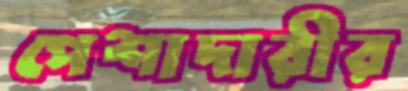
পেশাদারীর